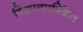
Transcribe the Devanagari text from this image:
विज्ञानपत्रिकेत